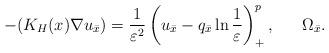
LaTeX: \begin{align*}-(K_H(x)\nabla u_{\bar{x}})=\frac{1}{\varepsilon^2} \left( u_{\bar{x}}-q_{\bar{x}}\ln\frac{1}{\varepsilon}\right) ^{p}_+,\ \ \ \ \ \Omega_{\bar{x}}.\end{align*}